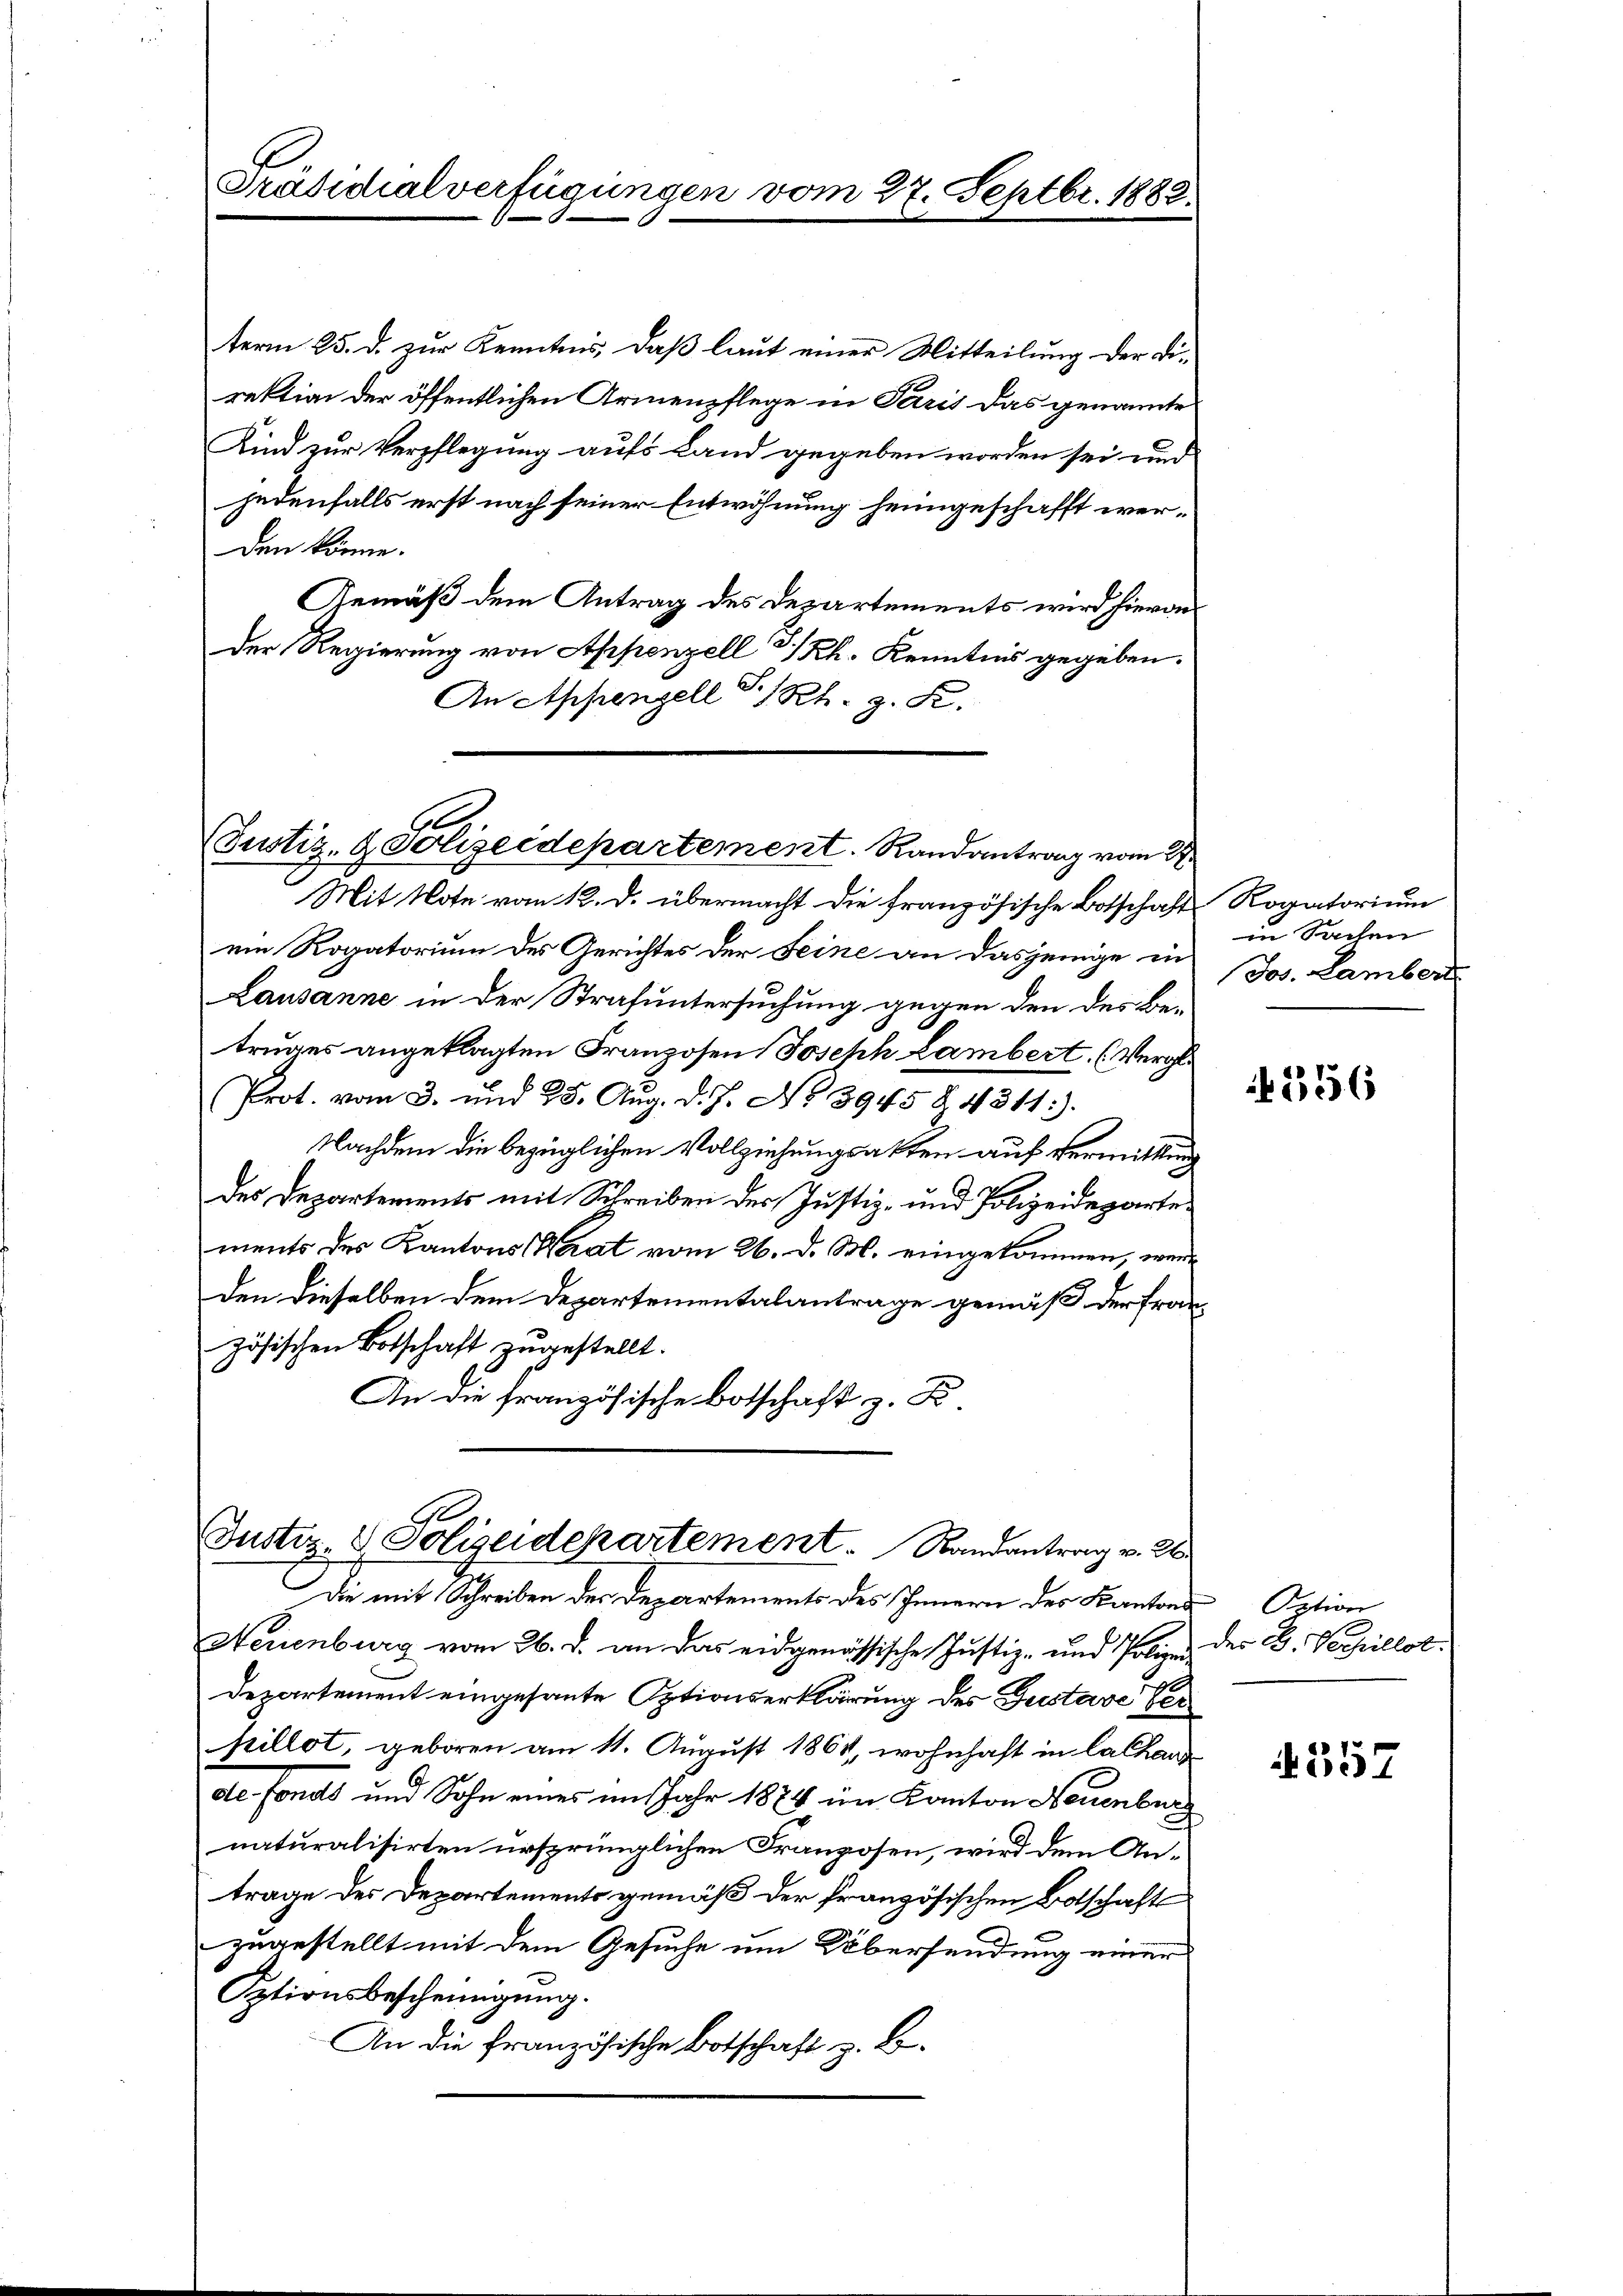
Präsidialverfügungen vom 27. Septbr. 188

term 25. d. zur Kenntnis, daß laut einer Mitteilung der Direktion der öffentlichen Armenpflege in Paris das genannte
Kind zur Verpflegung aufs Land gegeben worden sei und
jedenfalls erst nach seiner Entwöhnung heimgeschafft werden könne.
Gemäß dem Antrag des Departements wird hievon
Der Regierung von Appenzell I/Rh. Kenntnis gegeben.
An Appenzell I/Rh. g. R.
Mit Note vom 12. d. übermacht die französische Botschaft Rogatorium
ein Rogatorium des Gerichtes der Seine an dasjenige in
Lausanne in der Strafuntersuchung gegen den des Betruges angeklagten Franzosen Joseph Lambert. (Vergl.
Prot. vom 3. und 25. Aug. d. J. No 3945 § 4311).
Nachdem die bezüglichen Vollziehungsakten auf Vermittlung
des Departements mit Schreiben des Justiz- und Polizeidepartements des Kantons (Werat vom 26. d. M. eingekommen, wenn
den dieselben dem Departementalantrage gemäß der Französischen Botschaft zŭgestellt.
An die französische Botschaft z. B.
Justiz- & Polizeidepartement. Randantrag v. 26.

Justiz- & Polizeidepartement. Randantrag vom 27.

Die mit Schreiben der Departements des Innern des Kantons Option
Neuenburg vom 26. d. an das eidgenössische Justiz- und Polize des B. Verpillot
Departement eingesante Optionserklärung des Gustave Verpillot, geboren am 11. August 1861, wohnhaft in la Chaus
de-Fonds und Sohn eines im Jahr 1874 im Kanton Neuenburg
naturalisirten ursprünglichen Franzosen, wird dem Antrage des Departements gemäß der französischen Botschaft
zugestellt mit dem Gesuche um Übersendung einer
Sptionsbescheinigung.
An die französische Botschaft z. B.

in Sachen
Jos. Lamber

356

357